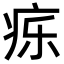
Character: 𬏤